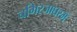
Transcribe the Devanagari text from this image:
चगिरजाघरमें